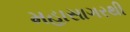
મહાસાગરથી